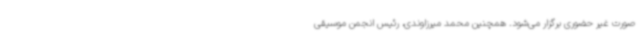
صورت غیر حضوری برگزار می‌شود. همچنین محمد میرزاوندی، رئیس انجمن موسیقی